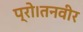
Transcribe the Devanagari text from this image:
प्रो।तनवीर